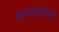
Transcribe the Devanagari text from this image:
सायन्शिया